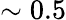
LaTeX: \sim 0.5